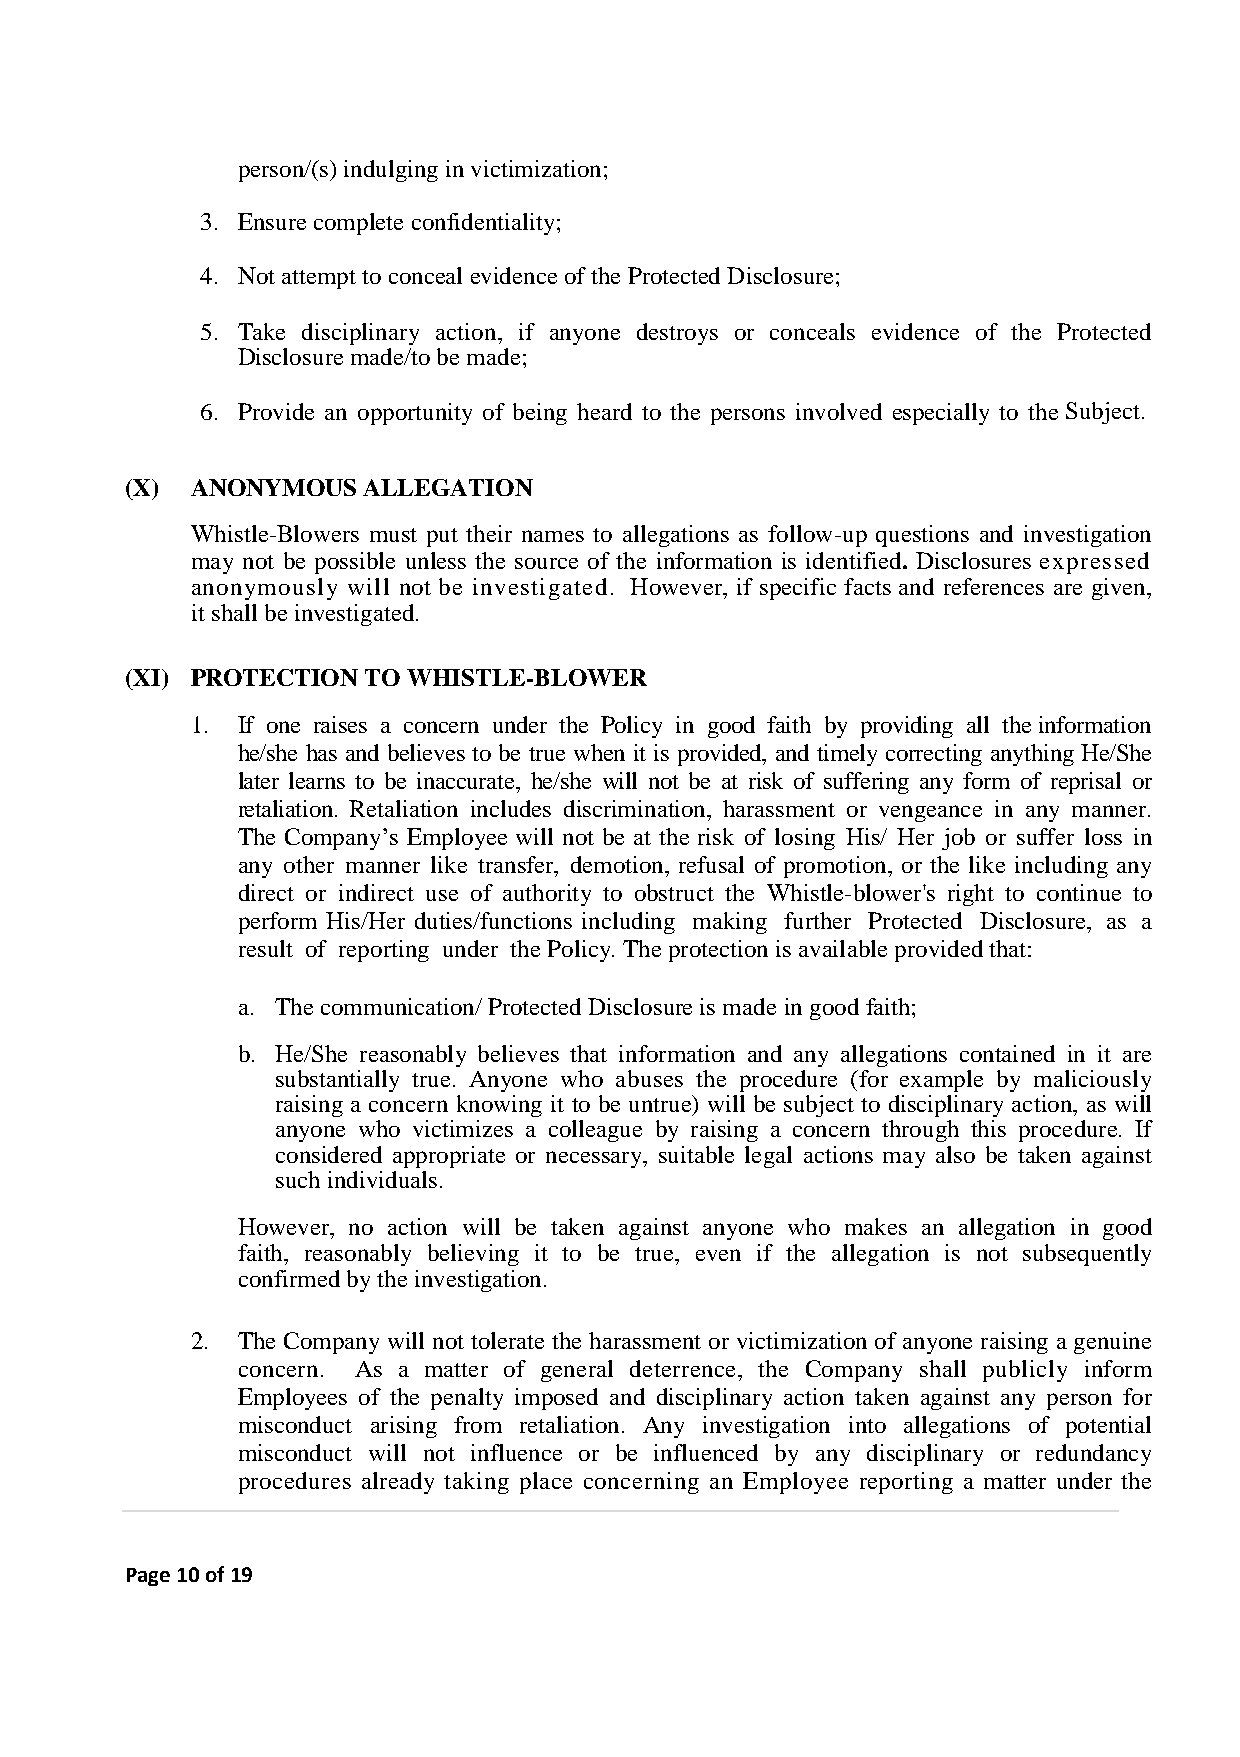
person/(s) indulging in victimization;
 3. Ensure complete confidentiality;
 4. Not attempt to conceal evidence of the Protected Disclosure;
 5. Take disciplinary action, if anyone destroys or conceals evidence of the Protected
 Disclosure made/to be made;
 6. Provide an opportunity of being heard to the persons involved especially to the Subject.
 (X)  ANONYMOUS  ALLEGATION
 Whistle-Blowers must put their names to allegations as follow-up questions and investigation
 may not be possible unless the source of the information is identified. Disclosures expressed
 anonymously will not be investigated. However, if specific facts and references are given,
 it shall be investigated.
 (XI) PROTECTION TO WHISTLE-BLOWER
 1. If one raises a concern under the Policy in good faith by providing all the information
 he/she has and believes to be true when it is provided, and timely correcting anything He/She
 later learns to be inaccurate, he/she will not be at risk of suffering any form of reprisal or
 retaliation. Retaliation includes discrimination, harassment or vengeance in any manner.
 The Company’s Employee will not be at the risk of losing His/ Her job or suffer loss in
 any other manner like transfer, demotion, refusal of promotion, or the like including any
 direct or indirect use of authority to obstruct the Whistle-blower's right to continue to
 perform His/Her duties/functions including making further Protected Disclosure, as a
 result of reporting under the Policy. The protection is available provided that:
 a. The communication/ Protected Disclosure is made in good faith;
 b. He/She reasonably believes that information and any allegations contained in it are
 substantially true. Anyone who abuses the procedure (for example by maliciously
 raising a concern knowing it to be untrue) will be subject to disciplinary action, as will
 anyone who victimizes a colleague by raising a concern through this procedure. If
 considered appropriate or necessary, suitable legal actions may also be taken against
 such individuals.
 However, no action will be taken against anyone who makes an allegation in good
 faith, reasonably believing it to be true, even if the allegation is not subsequently
 confirmed by the investigation.
 2. The Company will not tolerate the harassment or victimization of anyone raising a genuine
 concern. As a matter of general deterrence, the Company shall publicly inform
 Employees of the penalty imposed and disciplinary action taken against any person for
 misconduct arising from retaliation. Any investigation into allegations of potential
 misconduct will not influence or be influenced by any disciplinary or redundancy
 procedures already taking place concerning an Employee reporting a matter under the
 Page 10 of 19